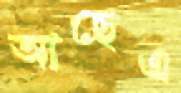
আছেএ